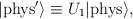
LaTeX: \begin{align*}|{\rm{phys}}^\prime \rangle \equiv U_1 |{\rm{phys}}\rangle,\end{align*}